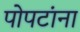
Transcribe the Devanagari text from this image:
पोपटांना